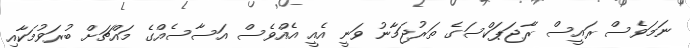
ނަމަވެސް ރައީސް ރާޖަޕަކްސަގެ ތަރުޖަމާނު ވަނީ އެއީ އެއްވެސް އަސާސެއްގެ މައްޗަށް ބުރަވުމަކާއި